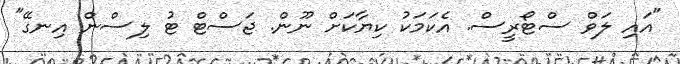
"އައި ލަވް ސްޓޯރީސް. އެކަމަކު ކިޔާކަށް ނޫން. ޖަސްޓް ޓު ލިސްން އިނގޭ"